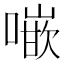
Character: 𠾨